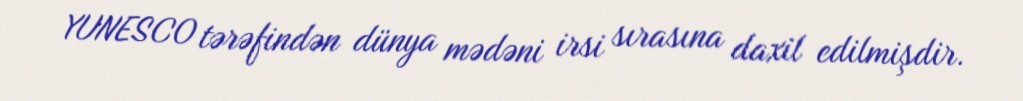
YUNESCO tərəfindən dünya mədəni irsi sırasına daxil edilmişdir.